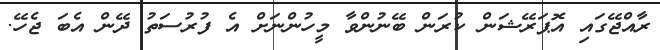
ރާއްޖޭގައި އޮޕަރޭޝަން ކުރަން ބޭނުންވާ މީހުންނަށް އެ ފުރުސަތު ދޭން އެބަ ޖެހޭ.